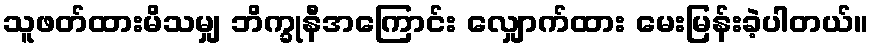
သူဖတ်ထားမိသမျှ ဘိက္ခုနီအကြောင်း လျှောက်ထား မေးမြန်းခဲ့ပါတယ်။